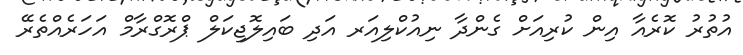
އުތުރު ކޮރެއާ އިން ކުރިއަށް ގެންދާ ނިއުކްލިއަރ އަދި ބައިލޮޖިކަލް ޕްރޮގްރާމް އަހަރެއްތެރޭ